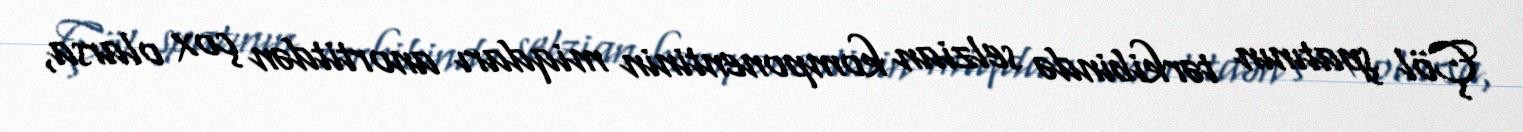
Çöl şpatının tərkibində selzian komponentinin miqdarı anortitdən çox olarsa,